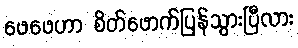
ဖေဖေဟာ စိတ်ဖောက်ပြန်သွားပြီလား